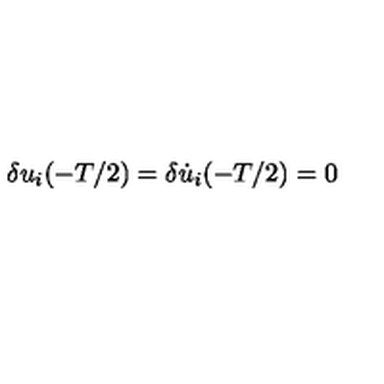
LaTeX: \delta u _ { i } ( - T / 2 ) = \delta \dot { u } _ { i } ( - T / 2 ) = 0